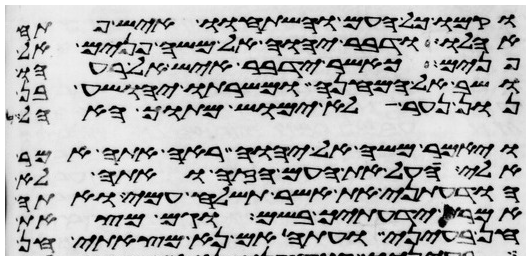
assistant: וקמו כל העם והשתחוו איש פתח
אהלו ודבר יהוה אל משה פנים אל
פנים כאשר ידבר איש אל רעהו
ושב אל המחנה ומשרתו יהושע בן
נון נער לא ימוש מתוך האהל
ויאמר משה אל יהוה ראה אתה אמר
אלי העל את העם הזה ואתה לא
הודעתני את אשר תשלח עמי ואתה
אמרת ידעתיך בשם וגם מצאת
חן בעיני ועתה אם נא מצאתי חן